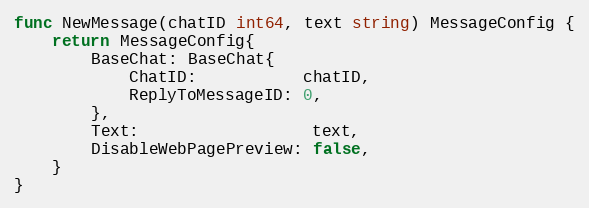
Language: Go
func NewMessage(chatID int64, text string) MessageConfig {
	return MessageConfig{
		BaseChat: BaseChat{
			ChatID:           chatID,
			ReplyToMessageID: 0,
		},
		Text:                  text,
		DisableWebPagePreview: false,
	}
}